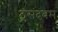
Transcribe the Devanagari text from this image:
ठंसंदबम